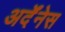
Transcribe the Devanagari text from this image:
अर्देंनेस